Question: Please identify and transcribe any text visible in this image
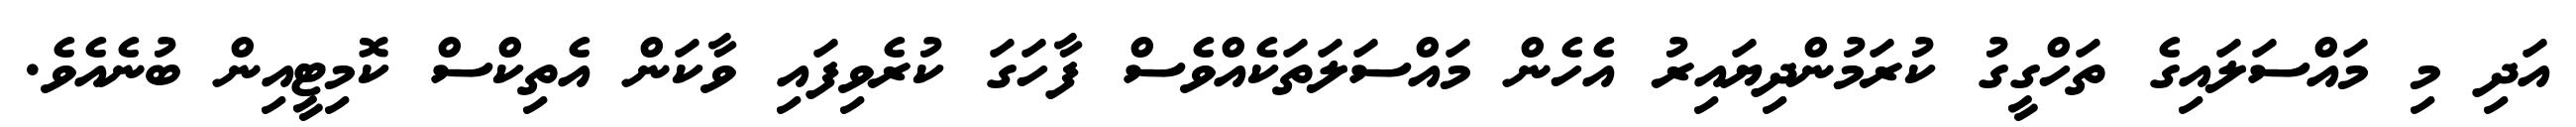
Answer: އަދި މި މައްސަލައިގެ ތަހްގީގު ކުރަމުންދިޔައިރު އެހެން މައްސަލަތަކެއްވެސް ފާހަގަ ކުރެވިފައި ވާކަން އެތިކްސް ކޮމިޓީއިން ބުނެއެވެ.